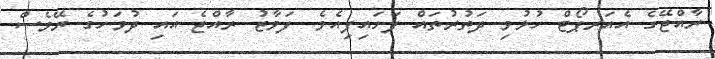
ރާއްޖޭގެ އެއަރޕޯޓް ހުޅުވި ދަތުރުތައް ފަށައިފިއެވެ. ފަވާޒު ރާއްޖެ އައި ދުވަހުގެ ރޭވެސް